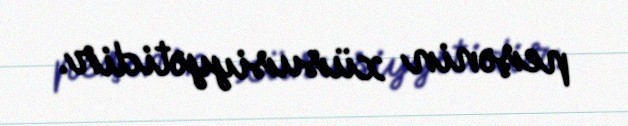
peşənin xüsusiyyətidir.